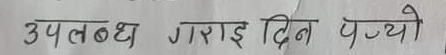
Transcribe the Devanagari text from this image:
उपलब्ध गराई दिन पऱ्यो